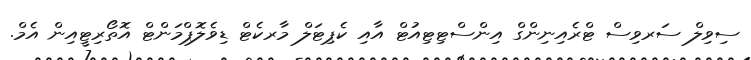
ސިވިލް ސަރވިސް ޓްރެއިނިންގް އިންސްޓިޓިއުޓް އާއި ކެޕިޓަލް މާރކެޓް ޑިވެލޮޕްމަންޓް އޮތޯރިޓީއިން އެމް.